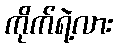
ကိုက်ရဲ့လား